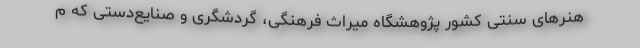
هنرهای سنتی کشور پژوهشگاه میراث فرهنگی، گردشگری و صنایع‌دستی که م